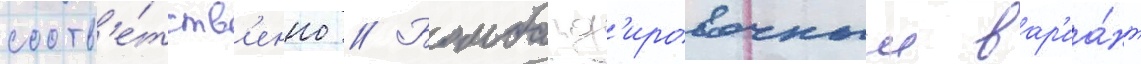
соотв'е́тств'енно // Бомбард'ировочныи вар'иа́нт